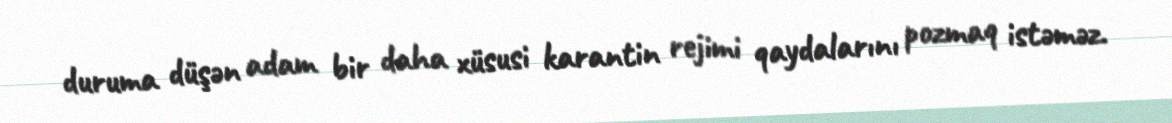
duruma düşən adam bir daha xüsusi karantin rejimi qaydalarını pozmaq istəməz.